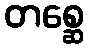
တစ္ဆေ